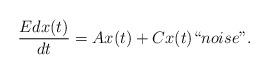
LaTeX: \begin{align*}\frac {Edx(t)}{dt}=Ax(t)+Cx(t)``noise".\end{align*}